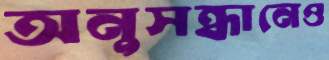
অনুসন্ধানেও